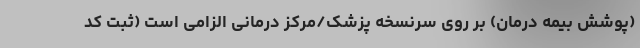
(پوشش بیمه درمان) بر روی سرنسخه پزشک/مرکز درمانی الزامی است (ثبت کد